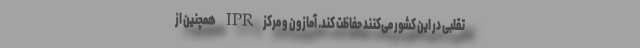
تقلبی در این کشور می‌کنند حفاظت کند. آمازون و مرکز IPR همچنین از